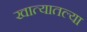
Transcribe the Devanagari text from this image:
खात्यातल्या